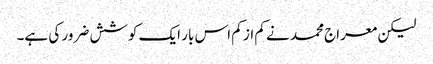
لیکن معراج محمد نے کم از کم اس بار ایک کوشش ضرور کی ہے۔